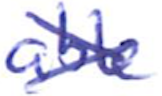
Text: able
Cross-out: cross
Writing tool: ballpoint